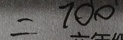
= 7 0 0